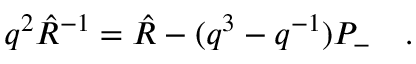
q ^ { 2 } \hat { R } ^ { - 1 } = \hat { R } - ( q ^ { 3 } - q ^ { - 1 } ) P _ { - } \quad .